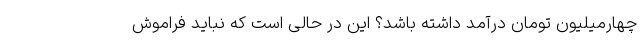
چهارمیلیون تومان درآمد داشته باشد؟ این در حالی است که نباید فراموش